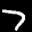
Label: 7